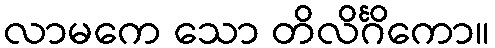
လာမကေ သော တိလိင်္ဂိကော။